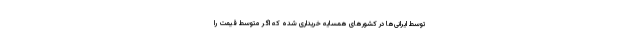
توسط ایرانی‌ها در کشورهای همسایه خریداری شده که اگر متوسط قیمت را